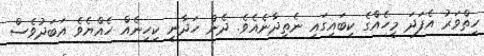
ހިތްވަރު އެފަދަ މީހެއްގެ ކިބައިގައި ނެތިދާނެއެވެ. ދެން ހަދާނީ ކިހިނެއް ހެއްޔެވެ އަބަދުވެސް